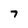
Character: 7